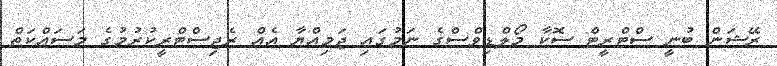
ރޭޝަން ބުނީ ސްޓްރީޓް ސޮކާ މޯލްޑިވްސްގެ ނަމުގައި ޖަމިއްޔާ އެއް ރެޖިސްޓްރީކުރުމުގެ މަސައްކަތް